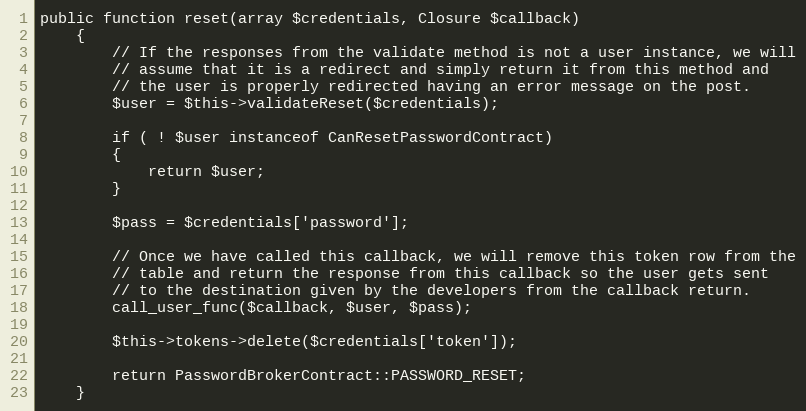
Language: PHP
public function reset(array $credentials, Closure $callback)
	{
		// If the responses from the validate method is not a user instance, we will
		// assume that it is a redirect and simply return it from this method and
		// the user is properly redirected having an error message on the post.
		$user = $this->validateReset($credentials);

		if ( ! $user instanceof CanResetPasswordContract)
		{
			return $user;
		}

		$pass = $credentials['password'];

		// Once we have called this callback, we will remove this token row from the
		// table and return the response from this callback so the user gets sent
		// to the destination given by the developers from the callback return.
		call_user_func($callback, $user, $pass);

		$this->tokens->delete($credentials['token']);

		return PasswordBrokerContract::PASSWORD_RESET;
	}